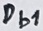
Text: Db1